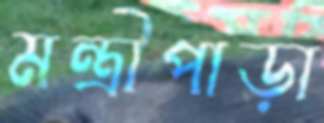
মন্ত্রীপাড়া